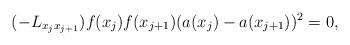
LaTeX: \begin{align*}(-L_{x_jx_{j+1}})f(x_j)f(x_{j+1})(a(x_j)-a(x_{j+1}))^2=0,\end{align*}